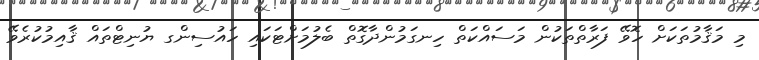
މި މަޤާމުތަކަށް ހޮވޭ ފަރާތްތަކުން މަސައްކަތް ހިނގަމުންދާގޮތް ބެލުމަށްޓަކައި ހައުސިންގ ޔުނިޓްތައް ޤާއިމުކުރެވޭ